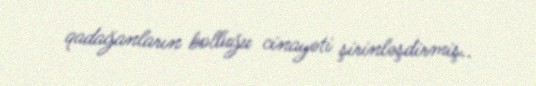
qadağanların bolluğu cinayəti şirinləşdirmiş..